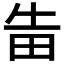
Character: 𱰩